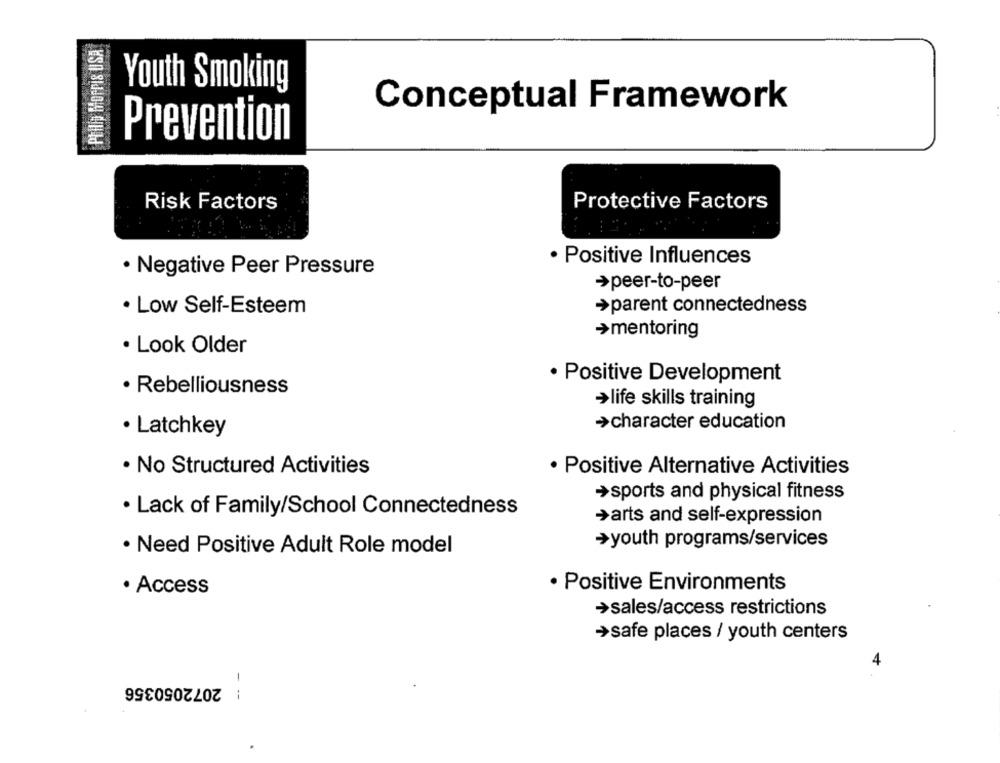
Philip Morris USA
Youth Smoking
Conceptual Framework
Prevention
Risk Factors
Protective Factors
· Positive Influences
· Negative Peer Pressure
›peer-to-peer
· Low Self-Esteem
›parent connectedness
>mentoring
· Look Older
· Positive Development
· Rebelliousness
›life skills training
>character education
· Latchkey
· No Structured Activities
· Positive Alternative Activities
›sports and physical fitness
· Lack of Family/School Connectedness
›arts and self-expression
›youth programs/services
· Need Positive Adult Role model
· Positive Environments
· Access
›sales/access restrictions
›safe places / youth centers
4
2072050356
---